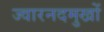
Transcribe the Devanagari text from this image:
ज्वारनदमुखों